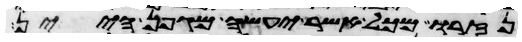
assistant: נזרו מכל אשר יעשה מגפן היין